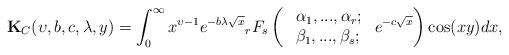
LaTeX: \begin{align*}\textbf{K}_{C}(\upsilon,b,c,\lambda,y)=\int_{0}^{\infty}x^{\upsilon-1}e^{-b\lambda\sqrt{x}}{}_{r}F_{s}\left(\ \begin{array}{lll}\alpha_{1},...,\alpha_{r};\\\beta_{1},...,\beta_{s};~\end{array} e^{-c\sqrt{x}}\right)\cos (xy)dx,\end{align*}